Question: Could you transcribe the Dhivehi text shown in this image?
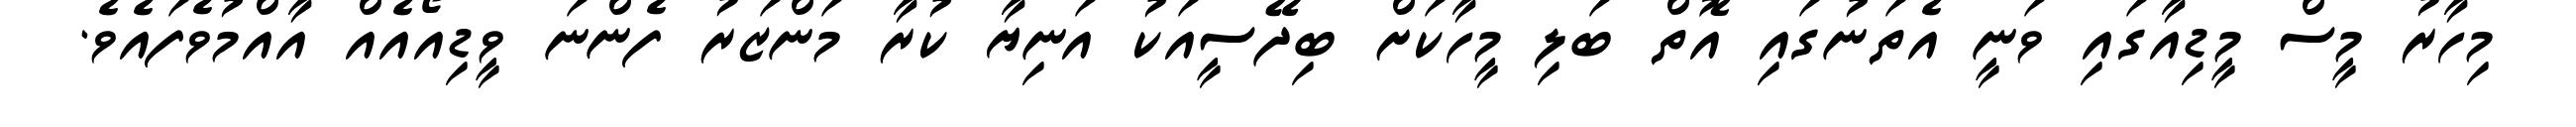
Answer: މިހާރު މީސް މީޑިއާގައި ވަނީ އެތަނުގައި އޮތް ބަލި މީހާކަށް ބިދޭސީއަކު އަނިޔާ ކުރާ މަންޒަރު ފެންނަ ވީޑިއޯއެއް އާއްމުވެފައެވެ.